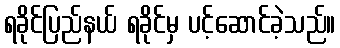
ရခိုင်ပြည်နယ် ရခိုင်မှ ပင့်ဆောင်ခဲ့သည်။